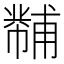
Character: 𪩾